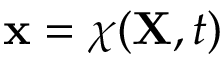
\ \mathbf { x } = \chi ( \mathbf { X } , t )